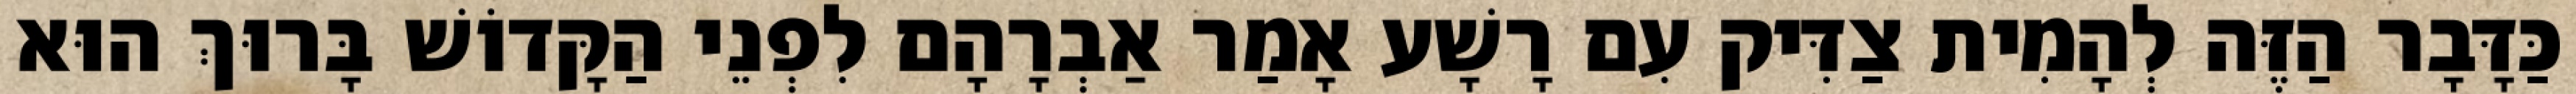
כַּדָּבָר הַזֶּה לְהָמִית צַדִּיק עִם רָשָׁע אָמַר אַבְרָהָם לִפְנֵי הַקָּדוֹשׁ בָּרוּךְ הוּא